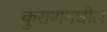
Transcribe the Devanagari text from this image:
कुराणमधील